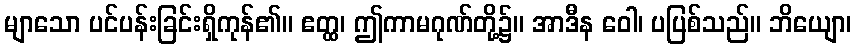
မျာသော ပင်ပန်းခြင်းရှိကုန်၏။ ဧတ္ထ၊ ဤကာမဂုဏ်တို့၌။ အာဒီန ဝေါ၊ ပပြစ်သည်။ ဘိယျော၊